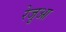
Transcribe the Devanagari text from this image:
रेजुआ